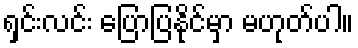
ရှင်းလင်း ပြောပြနိုင်မှာ မဟုတ်ပါ။